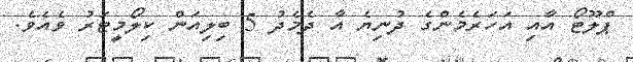
ޕްލޫޓޯ އާއި އަހަރެމެންގެ ދުނިޔެ އާ ދެމެދު 5 ބިލިއަން ކިލޯމީޓަރު ވެއެވެ.